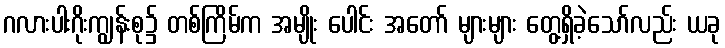
ဂလားပါးဂိုးကျွန်းစု၌ တစ်ကြိမ်က အမျိုး ပေါင်း အတော် များများ တွေ့ရှိခဲ့သော်လည်း ယခု